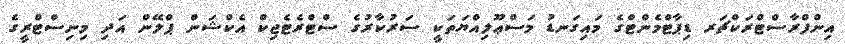
އިންފްރާސްޓްރަކްޗަރ ޑިޕާޓްމެންޓްގެ މައިގަނޑު މަސްޢޫލިއްޔަތަކީ ސަރުކާރުގެ ސްޓްރެޓެޖިކް އެކްޝަން ޕްލޭން އަދި މިނިސްޓްރީގެ